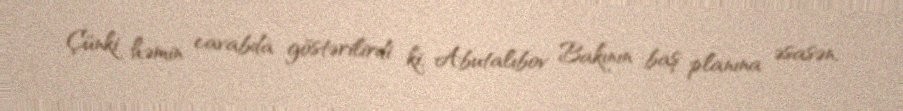
Çünki həmin cavabda göstərilirdi ki, Abutalıbov Bakının baş planına əsasən,